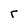
Character: r